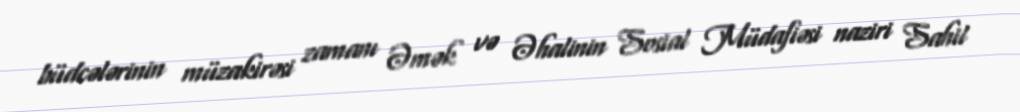
büdcələrinin müzakirəsi zamanı Əmək və Əhalinin Sosial Müdafiəsi naziri Sahil